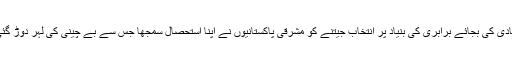
آبادی کی بجائے برابری کی بنیاد پر انتخاب جیتنے کو مشرقی پاکستانیوں نے اپنا استحصال سمجھا جس سے بے چینی کی لہر دوڑ گئی۔